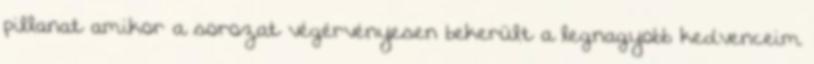
pillanat amikor a sorozat végérvényesen bekerült a legnagyobb kedvenceim